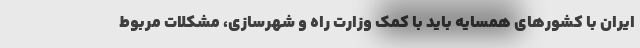
ایران با کشورهای همسایه باید با کمک وزارت راه و شهرسازی، مشکلات مربوط